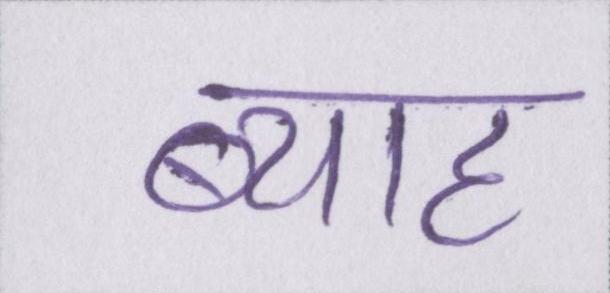
ब्याह